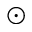
\odot